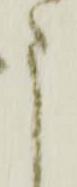
申